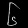
Digit: ၆